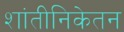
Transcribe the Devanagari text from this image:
शांतीनिकेतन